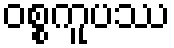
ဝစ္စကူပဿ